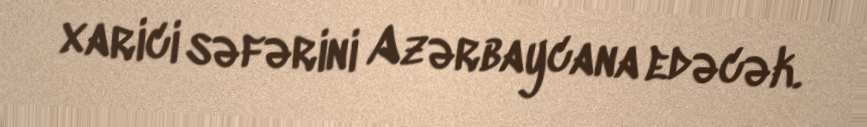
xarici səfərini Azərbaycana edəcək.